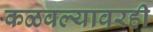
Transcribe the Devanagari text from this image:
कळवल्यावरही